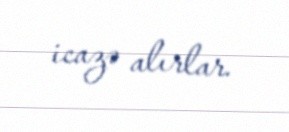
icazə alırlar.